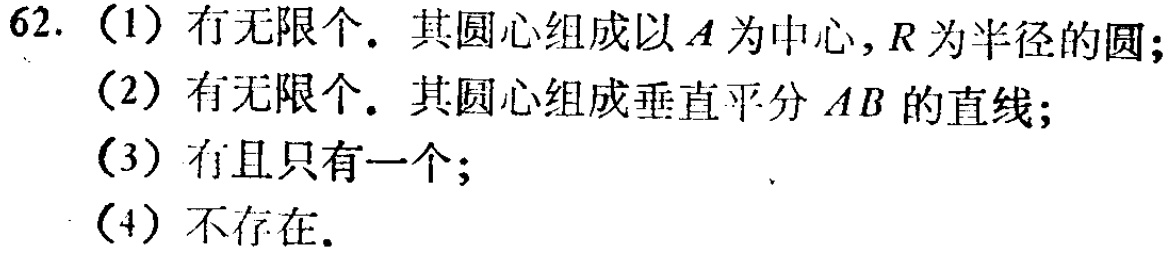
62. （1）有无限个. 其圆心组成以\(A\)为中心, \(R\)为半径的圆;
（2）有无限个. 其圆心组成垂直平分\(AB\)的直线;
（3）有且只有一个;
（4）不存在.